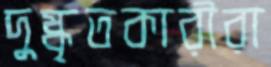
দুষ্কৃতকারীরা